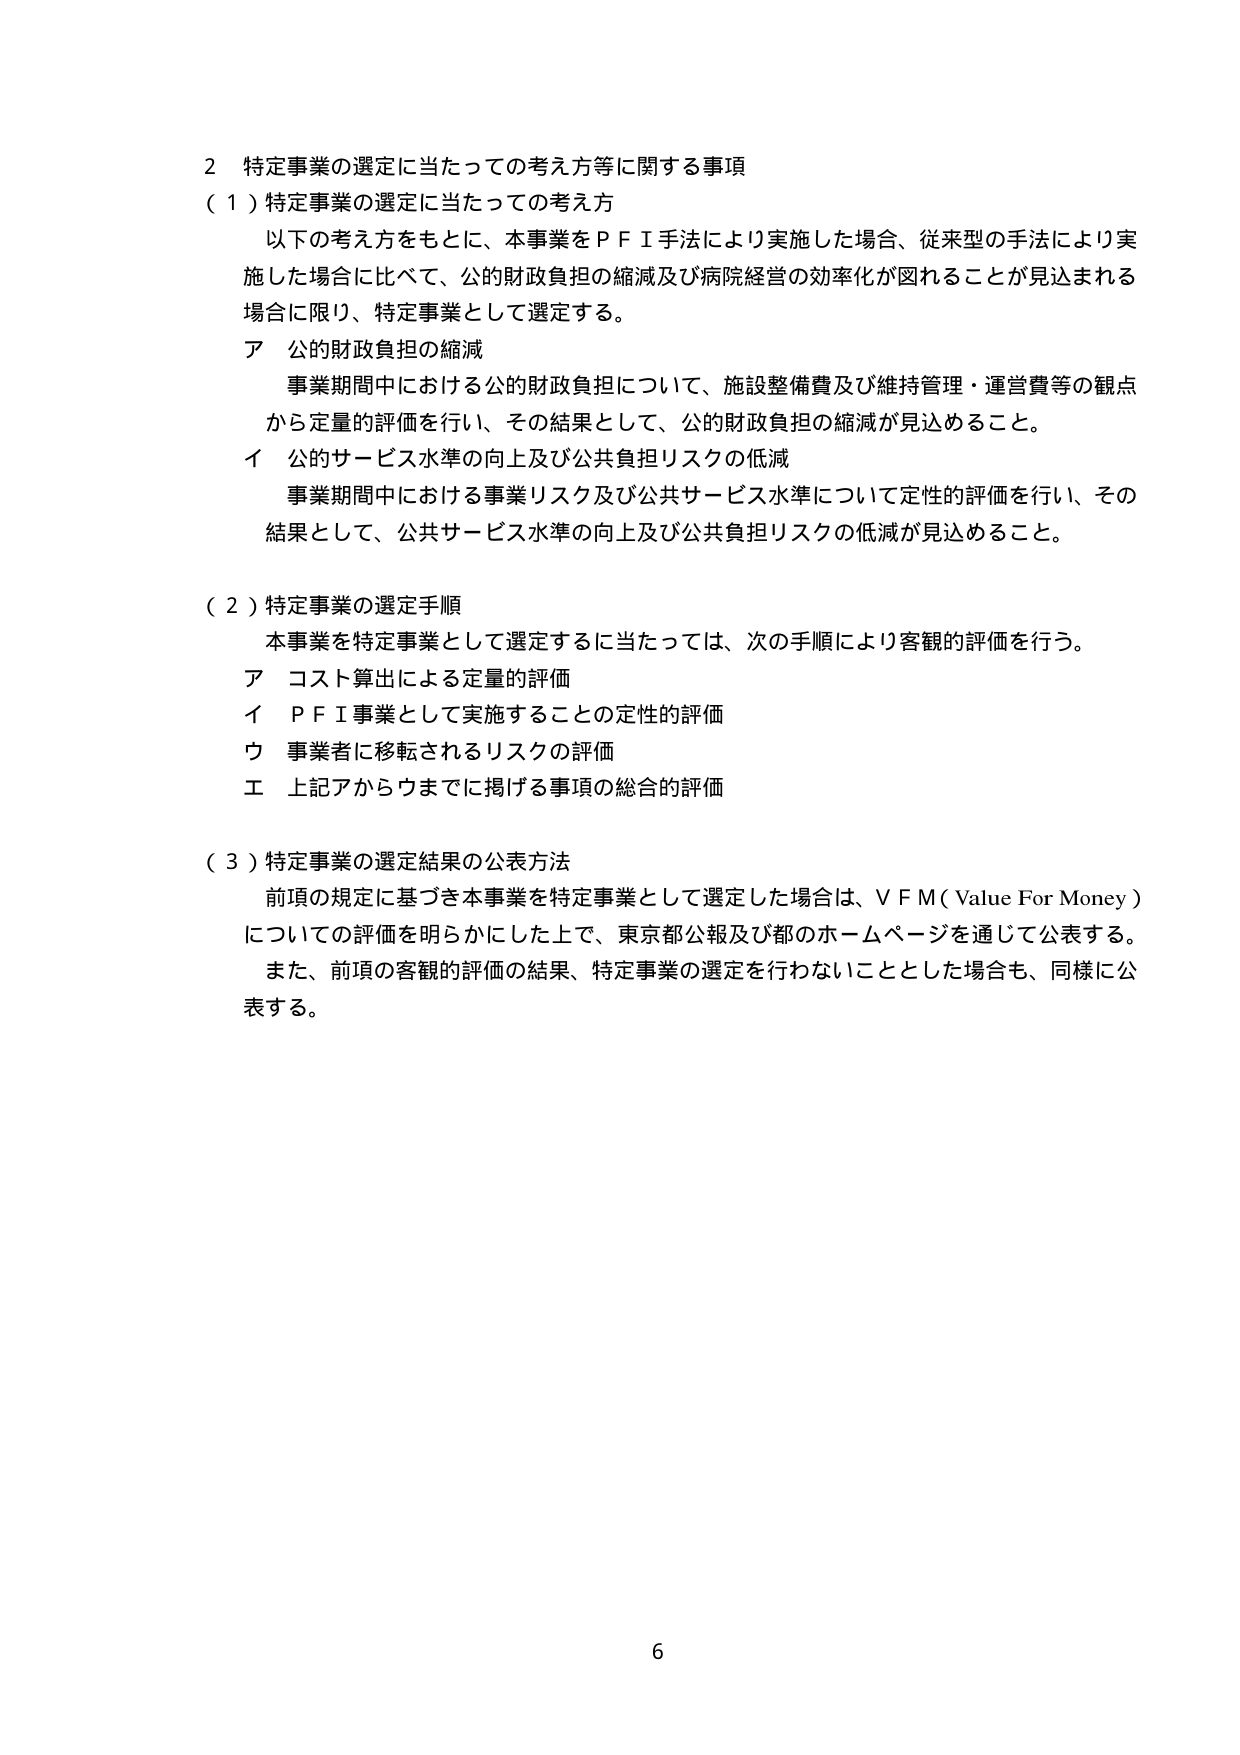
2 特定事業の選定に当たっての考え方等に関する事項
（1）特定事業の選定に当たっての考え方
　以下の考え方をもとに、本事業をＰＦＩ手法により実施した場合、従来型の手法により実施した場合に比べて、公的財政負担の縮減及び病院経営の効率化が図れることが見込まれる場合に限り、特定事業として選定する。
　ア 公的財政負担の縮減
　　事業期間中における公的財政負担について、施設整備費及び維持管理・運営費等の観点から定量的評価を行い、その結果として、公的財政負担の縮減が見込めること。
　イ 公的サービス水準の向上及び公共負担リスクの低減
　　事業期間中における事業リスク及び公共サービス水準について定性的評価を行い、その結果として、公共サービス水準の向上及び公共負担リスクの低減が見込めること。

（2）特定事業の選定手順
　本事業を特定事業として選定するに当たっては、次の手順により客観的評価を行う。
　ア コスト算出による定量的評価
　イ ＰＦＩ事業として実施することの定性的評価
　ウ 事業者に移転されるリスクの評価
　エ 上記アからウまでに掲げる事項の総合的評価

（3）特定事業の選定結果の公表方法
　前項の規定に基づき本事業を特定事業として選定した場合は、ＶＦＭ（Value For Money）についての評価を明らかにした上で、東京都公報及び都のホームページを通じて公表する。
　また、前項の客観的評価の結果、特定事業の選定を行わないこととした場合も、同様に公表する。

6